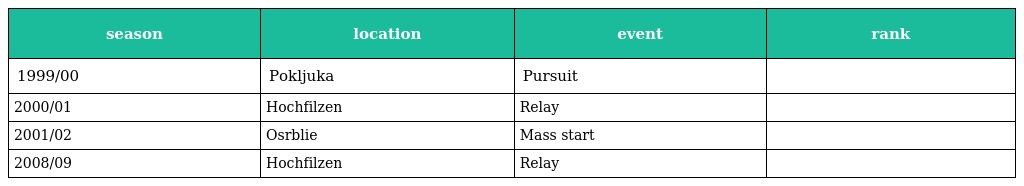
| season | location | event | rank |
 | --- | --- | --- | --- |
 | 1999/00 | Pokljuka | Pursuit |  |
 | 2000/01 | Hochfilzen | Relay |  |
 | 2001/02 | Osrblie | Mass start |  |
 | 2008/09 | Hochfilzen | Relay |  |